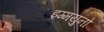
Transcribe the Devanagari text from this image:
इम्मयुनो